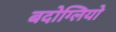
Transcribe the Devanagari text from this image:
बदोग्लियो